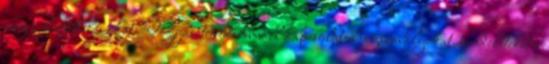
meg a leértékelés okát. Fogyasztóvédelemmel kapcsolatos jogszabályokat, rendeleteket a